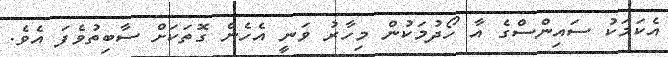
އެކަމަކު ސައިންސްގެ އާ ހޯދުމަކުން މިހާރު ވަނީ އެހެން ގޮތަކަށް ސާބިތުވެފަ އެވެ.